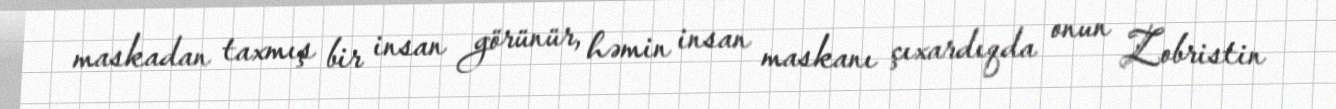
maskadan taxmış bir insan görünür, həmin insan maskanı çıxardıqda onun Zobristin